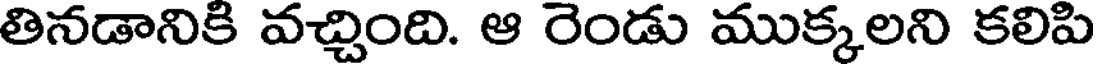
తినడానికి వచ్చింది. ఆ రెండు ముక్కలని కలిపి